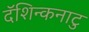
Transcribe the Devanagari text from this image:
दॅशिन्कनाटु